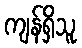
ကျန်ရှိသူ